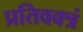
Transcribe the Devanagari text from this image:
प्रतिवक्त्रं